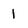
Character: 1